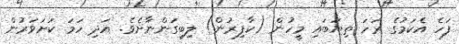
ފަހެ އެކަމުގެ ރަހަ ތިޔަބައި މީހުން (ކާފިރުން) ލިބިގަންނާށެވެ. އަދި ހަމަ ކަށަވަރުން